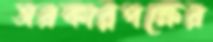
সরকারপক্ষের